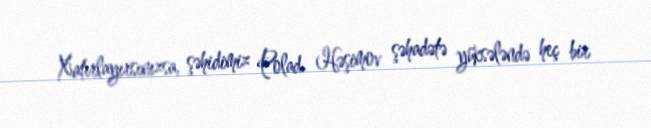
Xatırlayırsınızsa, şəhidimiz Polad Həşimov şəhadətə yüksələndə heç bir